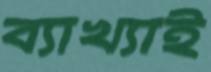
ব্যাখ্যাই